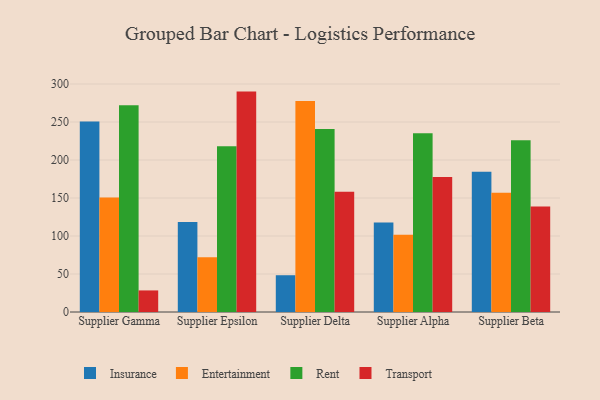
{"axis": {"x": "Supplier", "y": "Backlog"}, "legend": ["Entertainment", "Insurance", "Rent", "Transport"], "data": [{"x": "Supplier Gamma", "y": 250.6, "type": "Insurance"}, {"x": "Supplier Gamma", "y": 150.7, "type": "Entertainment"}, {"x": "Supplier Gamma", "y": 272.1, "type": "Rent"}, {"x": "Supplier Gamma", "y": 28.4, "type": "Transport"}, {"x": "Supplier Epsilon", "y": 118.3, "type": "Insurance"}, {"x": "Supplier Epsilon", "y": 71.9, "type": "Entertainment"}, {"x": "Supplier Epsilon", "y": 218.2, "type": "Rent"}, {"x": "Supplier Epsilon", "y": 290.0, "type": "Transport"}, {"x": "Supplier Delta", "y": 48.4, "type": "Insurance"}, {"x": "Supplier Delta", "y": 277.5, "type": "Entertainment"}, {"x": "Supplier Delta", "y": 240.8, "type": "Rent"}, {"x": "Supplier Delta", "y": 158.1, "type": "Transport"}, {"x": "Supplier Alpha", "y": 117.7, "type": "Insurance"}, {"x": "Supplier Alpha", "y": 101.6, "type": "Entertainment"}, {"x": "Supplier Alpha", "y": 235.2, "type": "Rent"}, {"x": "Supplier Alpha", "y": 177.6, "type": "Transport"}, {"x": "Supplier Beta", "y": 184.4, "type": "Insurance"}, {"x": "Supplier Beta", "y": 157.0, "type": "Entertainment"}, {"x": "Supplier Beta", "y": 226.0, "type": "Rent"}, {"x": "Supplier Beta", "y": 138.8, "type": "Transport"}]}